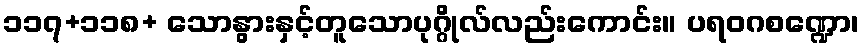
၁၁၇+၁၁၈+ သောနွားနှင့်တူသောပုဂ္ဂိုလ်လည်းကောင်း။ ပရဝဂစဏ္ဍော၊